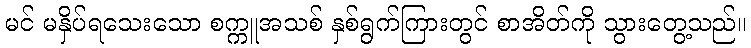
မင် မနှိပ်ရသေးသော စက္ကူအသစ် နှစ်ရွက်ကြားတွင် စာအိတ်ကို သွားတွေ့သည်။